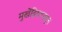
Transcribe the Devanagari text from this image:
मुखेंद्रियापासून